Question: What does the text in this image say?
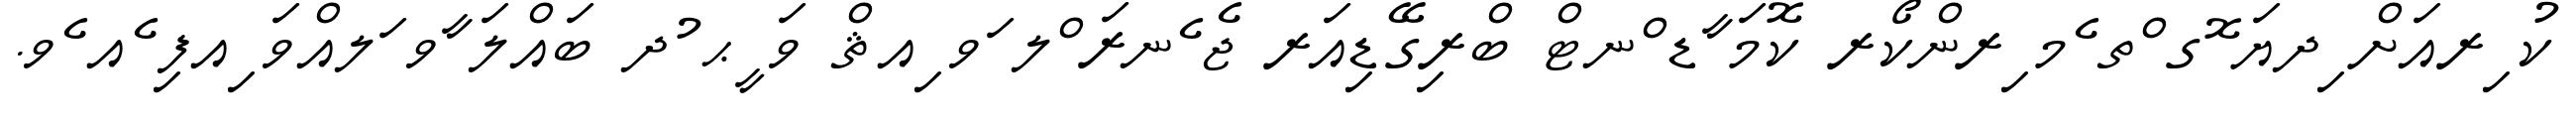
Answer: ކު ިރއަށް ިދޔަ ޮގ ްތ ެމ ިރންކޯރ ކޮމަ ާޑ ްނޓް ބްރިގޭޑިއަރ ޖެ ެނރަ ްލ ަވ ިއޘް ވަ ީޙ ުދ ބައްލަ ާވ ަލއްވަ ިއފި ެއ ެވ.